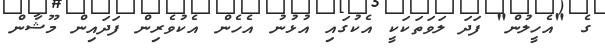
ގެ "އެހީލުން" ފަދަ ލަވަތަކަކީ އެކުގައި އުޅުނު އެހެން އެކުވެރިން ފަދައިން މޫޝާން